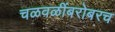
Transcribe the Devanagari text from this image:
चळवळींबरोबरच